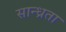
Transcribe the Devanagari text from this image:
सान्ध्रता